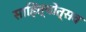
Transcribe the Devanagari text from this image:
साहित्योत्सव